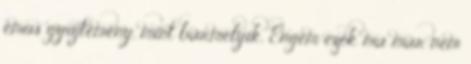
emus gyűjtemény, mint bármelyik. Engem ezek ma már nem